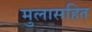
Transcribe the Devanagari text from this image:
मुलासहित